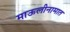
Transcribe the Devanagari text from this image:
माऊलीनामात